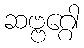
ဆဗ္ဗဂ္ဂေါ